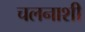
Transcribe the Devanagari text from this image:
चलनाशी